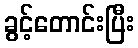
ခွင့်တောင်းပြီး